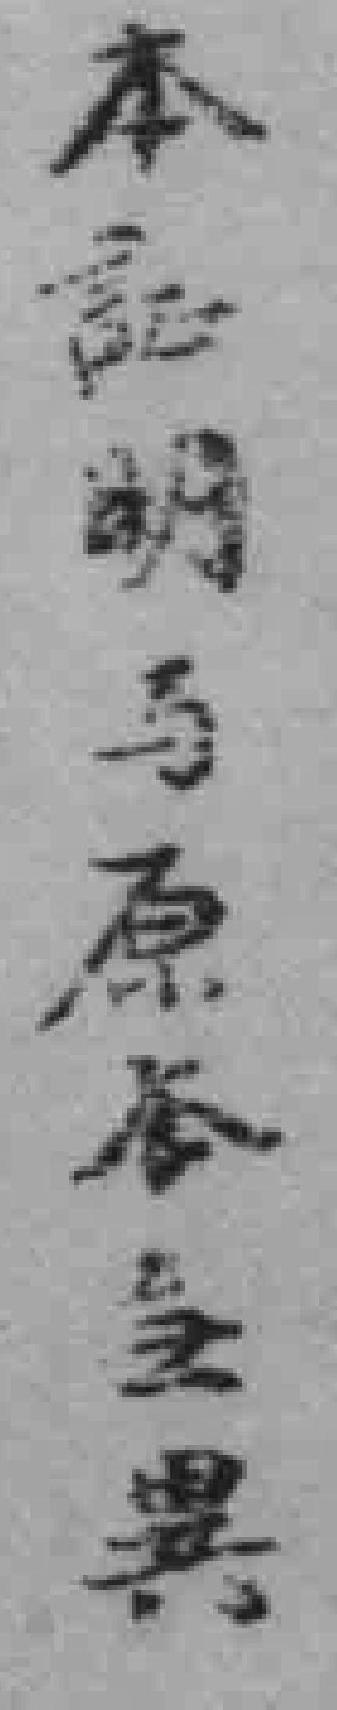
本記明与原**異